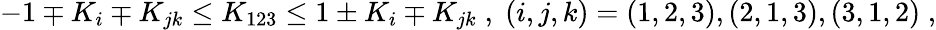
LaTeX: \begin{array}{r}{-1\mp K_{i}\mp K_{jk}\le K_{123}\le 1\pm K_{i}\mp K_{jk}\; ,\; (i,j,k)=(1,2,3),(2,1,3),(3,1,2)\; ,}\end{array}